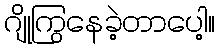
ဂျိုကြွနေခဲ့တာပေါ့။